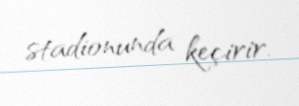
stadionunda keçirir.